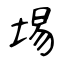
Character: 埸